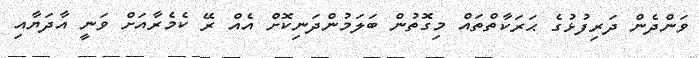
ވަންދެން ދަރިފުޅުގެ ޙަރަކާތްތައް މިގޮތުން ބަލަމުންދަނިކޮށް އެއް ރޭ ކެމެރާއަށް ވަނީ އާދަޔާއި